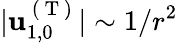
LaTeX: \vert\mathbf{u}_{1,0}^{\mathrm{~(~T~)~}}\vert\sim 1/r^{2}